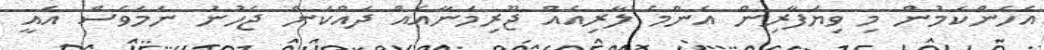
އެހެންކަމުން މި ވިޔަފާރިން އެންމެ ލާރިއެއް ޖޫރިމަނާއެއް ދައްކަން ޖެހުނު ނަމަވެސް އެއީ